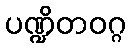
ပဏ္ဍိတဝဂ္ဂ